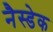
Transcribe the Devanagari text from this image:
नैस्डेक